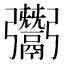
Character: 𩱠